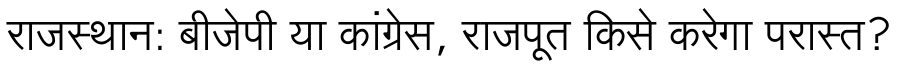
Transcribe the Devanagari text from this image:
राजस्थान: बीजेपी या कांग्रेस, राजपूत किसे करेगा परास्त?